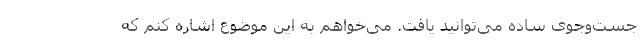
جست‌و‌جوی ساده می‌توانید یافت. می‌خواهم به این موضوع اشاره کنم که